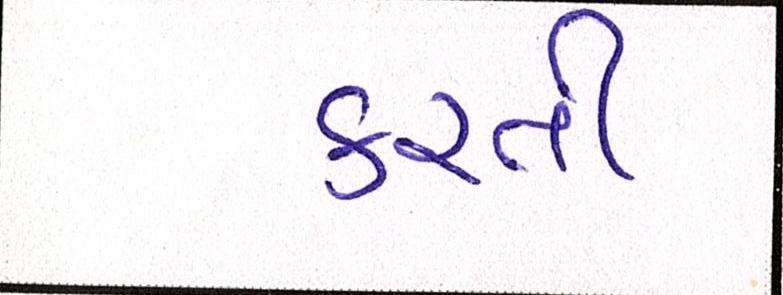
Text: કરતી